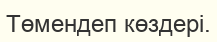
Төмендеп көздерi.